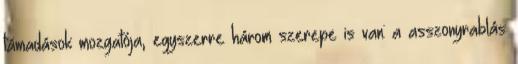
támadások mozgatója, egyszerre három szerepe is van: a asszonyrablás